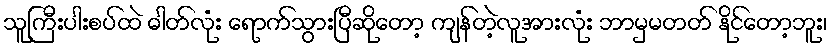
သူကြီးပါးစပ်ထဲ ဓါတ်လုံး ရောက်သွားပြီဆိုတော့ ကျန်တဲ့လူအားလုံး ဘာမှမတတ် နိုင်တော့ဘူး၊